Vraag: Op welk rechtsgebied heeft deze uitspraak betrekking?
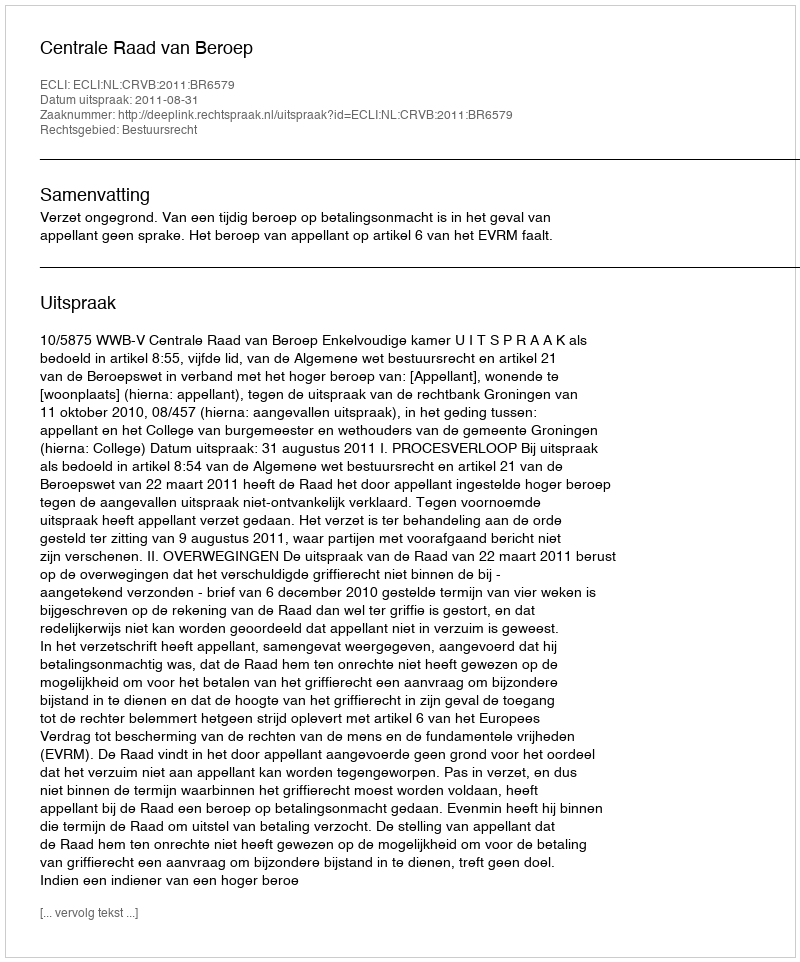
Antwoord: Bestuursrecht